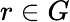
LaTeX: r\in G